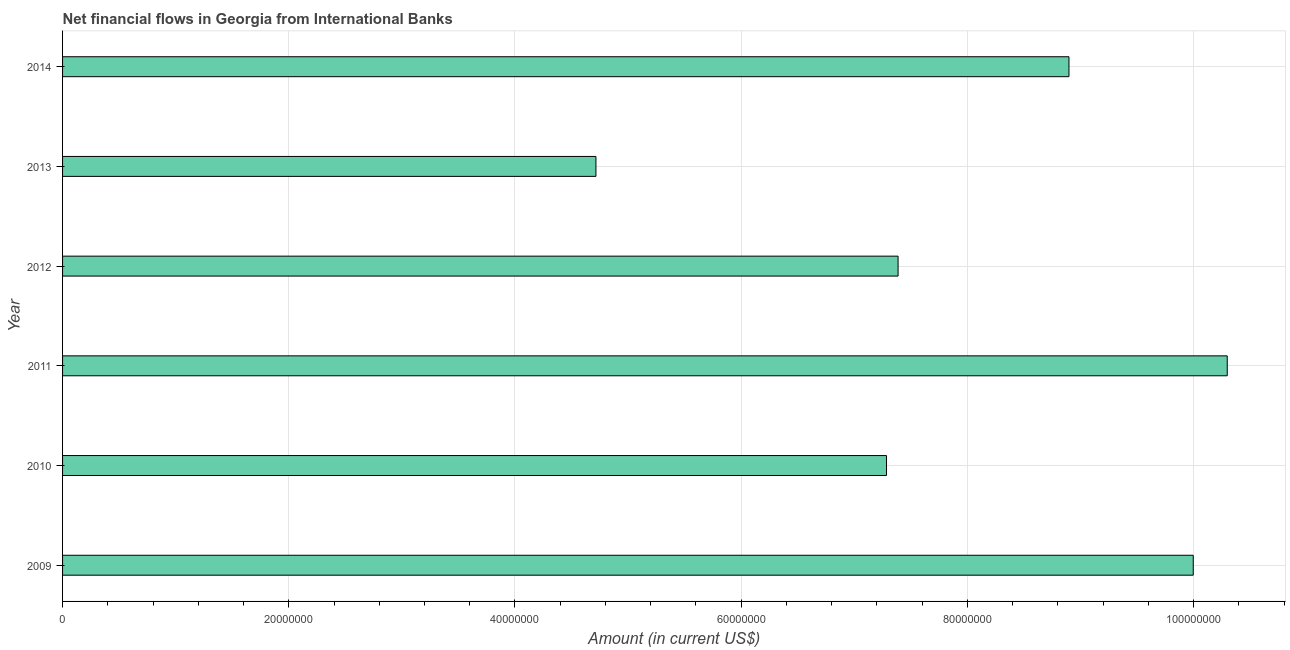
| Year | Net financial flows from IBRD |
 | --- | --- |
 | 2009 | 1e+08 |
 | 2010 | 7.28e+07 |
 | 2011 | 1.03e+08 |
 | 2012 | 7.39e+07 |
 | 2013 | 4.72e+07 |
 | 2014 | 8.9e+07 |